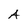
Character: A